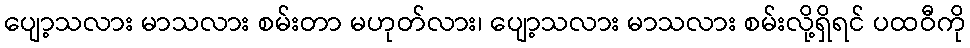
ပျော့သလား မာသလား စမ်းတာ မဟုတ်လား၊ ပျော့သလား မာသလား စမ်းလို့ရှိရင် ပထဝီကို